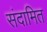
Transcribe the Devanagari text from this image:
संदामित